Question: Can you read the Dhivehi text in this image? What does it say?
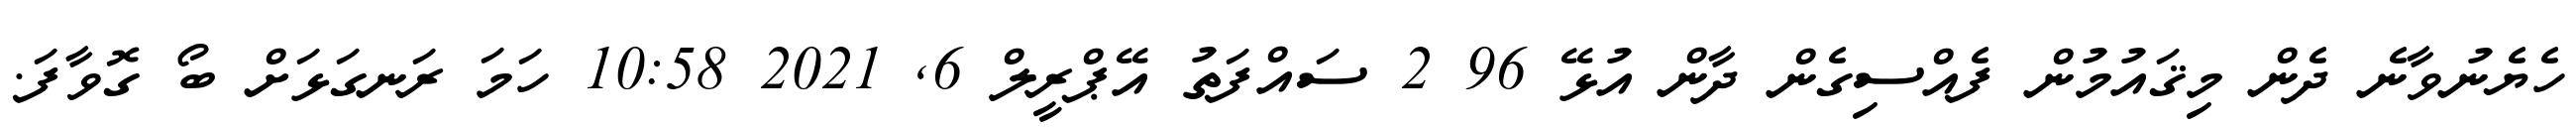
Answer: ހެޔެނުވާނެ ދެން މިޤައުމުން ފެއްސިގެން ދާން އުޅޭ 96 2 ސައްފަތު އޭޕްރީލް 6, 2021 10:58 ހަމަ ރަނގަޅަށް ބޯ ގޮވާފަ.